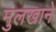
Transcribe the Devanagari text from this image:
मुलखाने